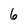
Character: 6